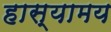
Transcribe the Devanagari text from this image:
हास्यामय